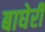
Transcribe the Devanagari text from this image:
बाघेरी